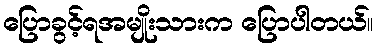
ပြောခွင့်ရအမျိုးသားက ပြောပါတယ်။